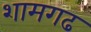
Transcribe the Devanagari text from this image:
शामगढ